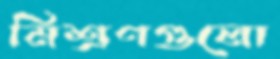
মিশ্রণগুলো